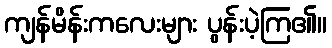
ကျန်မိန်းကလေးများ ပွန်းပဲ့ကြ၏။